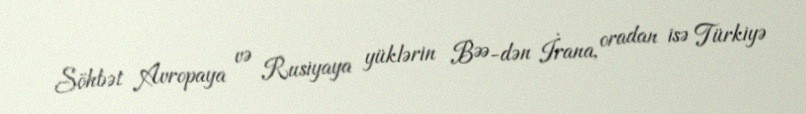
Söhbət Avropaya və Rusiyaya yüklərin BƏƏ-dən İrana, oradan isə Türkiyə